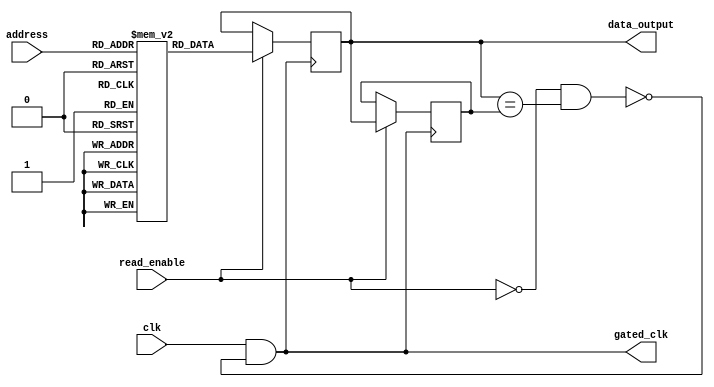
module memory_block (
    input wire clk,                  // Main clock
    input wire read_enable,          // Read enable signal
    input wire [7:0] address,        // Address bus
    output reg [15:0] data_output,   // Output data from memory
    output wire gated_clk            // Gated clock output
);

    // Parameter definition for memory size
    parameter MEMORY_SIZE = 256;     // Example memory size
    reg [15:0] memory [0:MEMORY_SIZE-1]; // Memory array

    reg [15:0] previous_output;       // Register to hold previous output
    reg idle;                         // Indicates whether the memory is idle
    wire clk_gated;                  // Intermediate gated clock signal

    // Clock gating logic
    always @* begin
        idle = !read_enable && (data_output == previous_output);
    end

    assign gated_clk = clk && !idle;

    // Memory read operation
    always @(posedge gated_clk) begin
        if (read_enable) begin
            data_output <= memory[address];
            previous_output <= data_output; // Store current output
        end
    end

endmodule